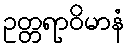
ဥတ္တရာဝိမာနံ